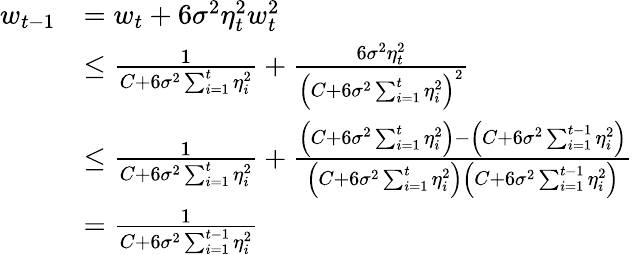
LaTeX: \begin{array}{rl}{w_{t-1}}&{=w_{t}+6\sigma^{2}\eta_{t}^{2}w_{t}^{2}}\\ &{\leq\frac{1}{C+6\sigma^{2}\sum_{i=1}^{t}\eta_{i}^{2}}+\frac{6\sigma^{2}\eta_{t}^{2}}{\left(C+6\sigma^{2}\sum_{i=1}^{t}\eta_{i}^{2}\right)^{2}}}\\ &{\leq\frac{1}{C+6\sigma^{2}\sum_{i=1}^{t}\eta_{i}^{2}}+\frac{\left(C+6\sigma^{2}\sum_{i=1}^{t}\eta_{i}^{2}\right)-\left(C+6\sigma^{2}\sum_{i=1}^{t-1}\eta_{i}^{2}\right)}{\left(C+6\sigma^{2}\sum_{i=1}^{t}\eta_{i}^{2}\right)\left(C+6\sigma^{2}\sum_{i=1}^{t-1}\eta_{i}^{2}\right)}}\\ &{=\frac{1}{C+6\sigma^{2}\sum_{i=1}^{t-1}\eta_{i}^{2}}}\end{array}